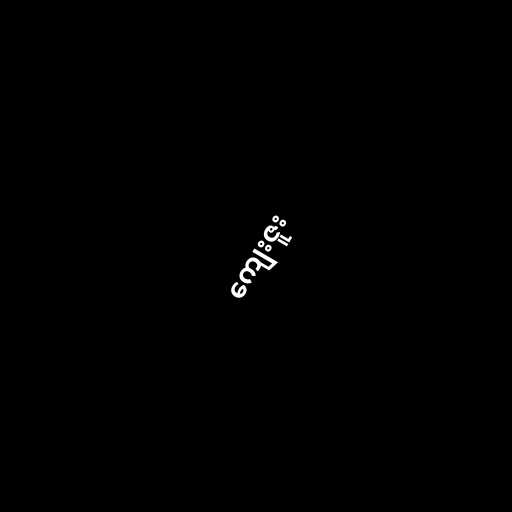
ကျေးဇူး